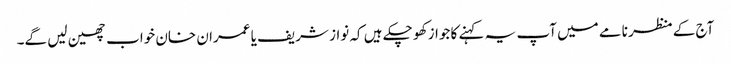
آج کے منظر نامے میں آپ یہ کہنے کا جواز کھو چکے ہیں کہ نواز شریف یا عمران خان خواب چھین لیں گے۔